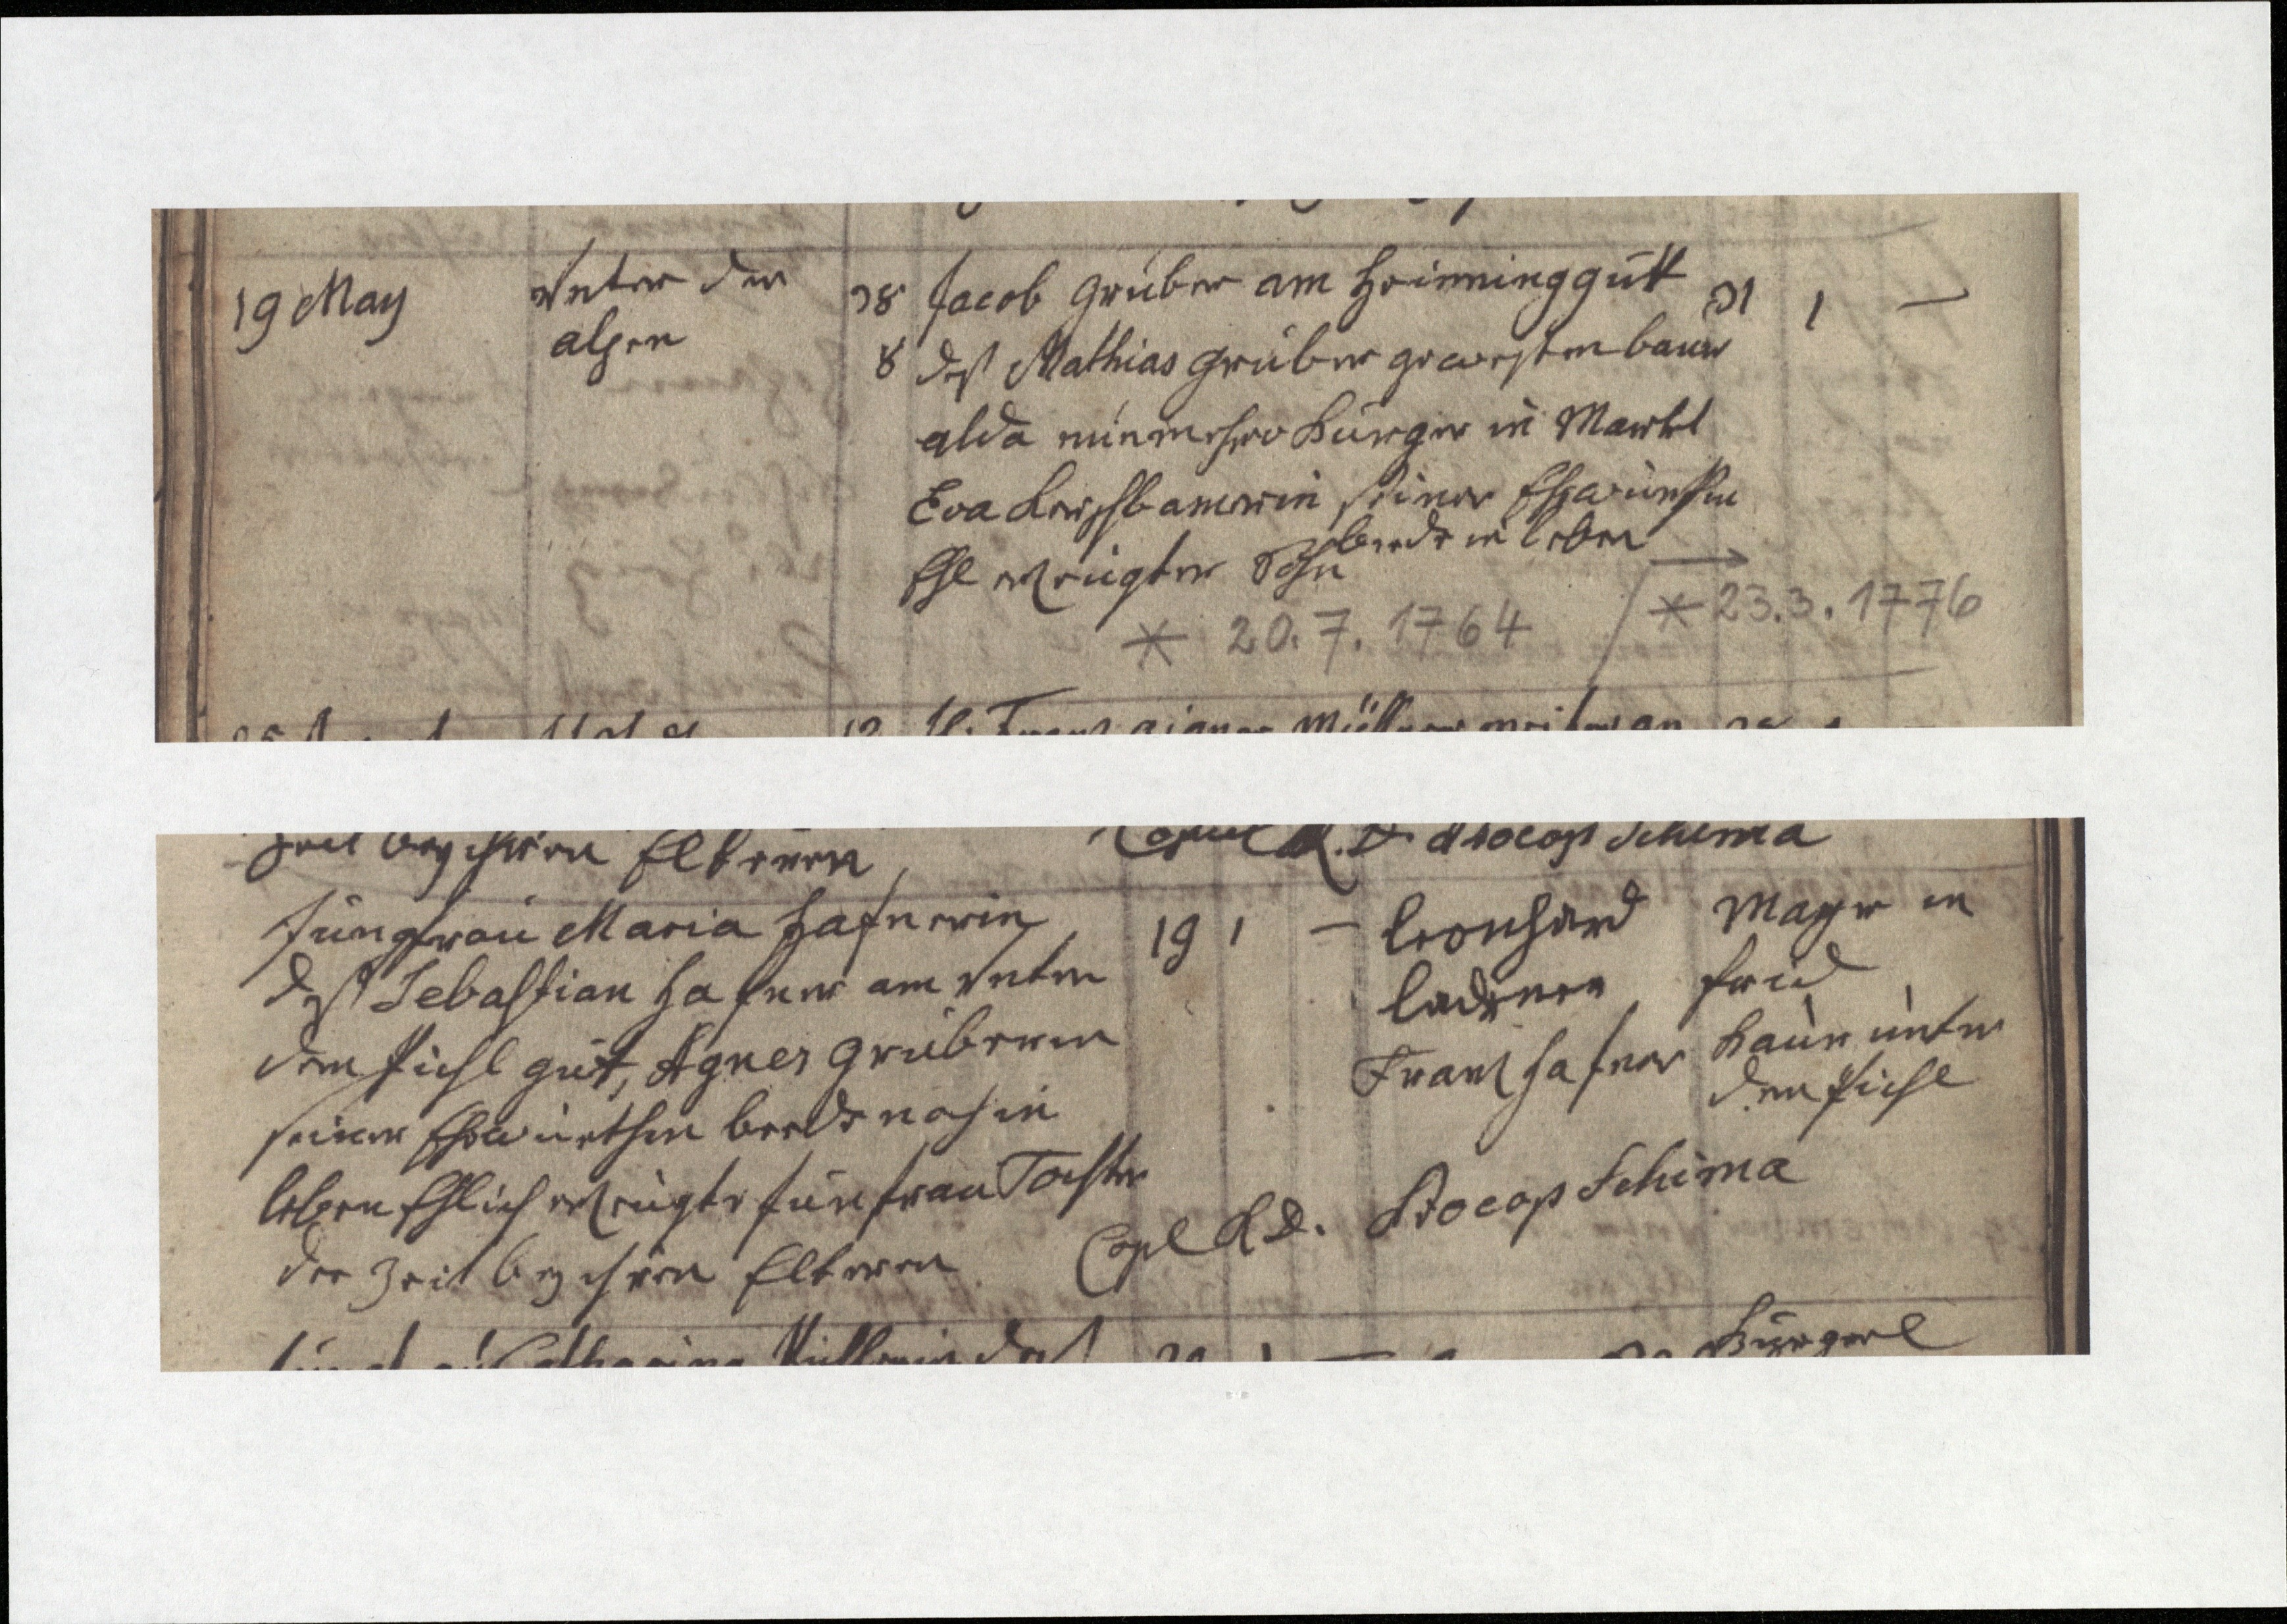
19 May
Unter den
Alpen
38
8
Jacob Gruber am Heiminggutt
des Mathias Gruber gewesten bauer
alda nunmehro Burger in Markt
Eva Kerschbamerin seiner Ehewürthin
beede in leben
Ehl erzeugter Sohn
* 20.7.1764
31

Jungfrau Maria Hafnerin
deß Sebastian Hafner am untern
dem Pichlgut, Agnes Gruberin
seiner Ehewürthin beede noch in
Leben Ehlich erzeugte Junfrau Tochter
derzeit bey ihren Eltern
19
Leonhard
Laderer
Franz Hafner
Mayr in
Frid
Baur unter
dem Pichl
Cop. KD. Schima